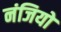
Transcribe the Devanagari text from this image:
नंजियों